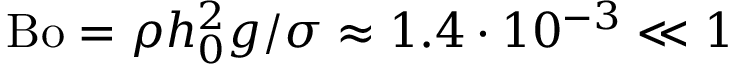
\mathrm { B o } = \rho h _ { 0 } ^ { 2 } g / \sigma \approx 1 . 4 \cdot 1 0 ^ { - 3 } \ll 1